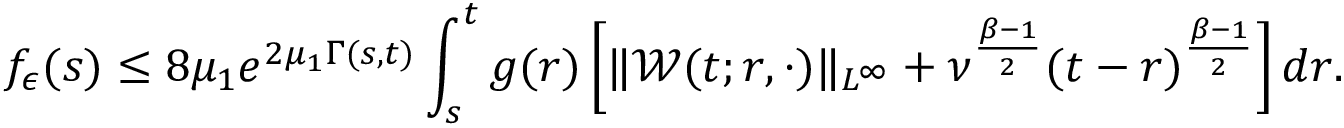
f _ { \epsilon } ( s ) \leq 8 \mu _ { 1 } e ^ { 2 \mu _ { 1 } \Gamma ( s , t ) } \int _ { s } ^ { t } g ( r ) \left[ \| \mathcal { W } ( t ; r , \cdot ) \| _ { L ^ { \infty } } + \nu ^ { \frac { \beta - 1 } { 2 } } ( t - r ) ^ { \frac { \beta - 1 } { 2 } } \right] d r .